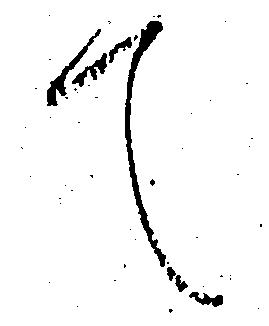
て